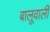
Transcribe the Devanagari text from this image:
बालूवाली